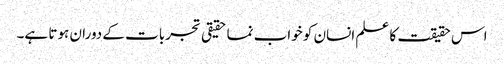
اس حقیقت کا علم انسان کو خواب نما حقیقی تجربات کے دوران ہوتا ہے۔